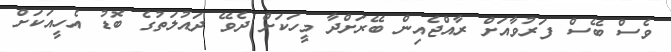
ވެސް ބޭސް ފަރުވާއަށް ރާއްޖެއިން ބޭރަށްދާ މީހަކަށް ދެވޭ ދައުލަތުގެ ބޮޑު އެހީއަކަށް